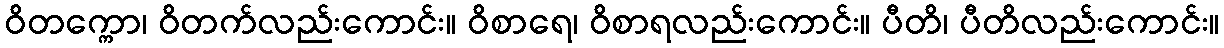
ဝိတက္ကော၊ ဝိတက်လည်းကောင်း။ ဝိစာရေ၊ ဝိစာရလည်းကောင်း။ ပီတိ၊ ပီတိလည်းကောင်း။